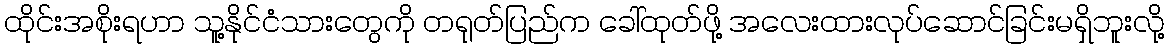
ထိုင်းအစိုးရဟာ သူ့နိုင်ငံသားတွေကို တရုတ်ပြည်က ခေါ်ထုတ်ဖို့ အလေးထားလုပ်ဆောင်ခြင်းမရှိဘူးလို့